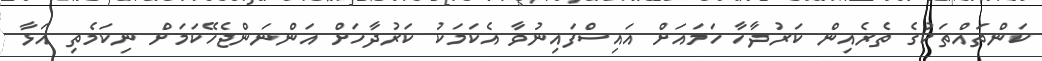
ކަންތައްތަކުގެ ތެރެއިން ކަރުދާހާ ހަމައަށް އައިސްފައިނުވާ އެކަމަކު ކަރުދާހަށް އަންނަންޖެހޭކަމަށް ނިކަމެތި އަޅާ